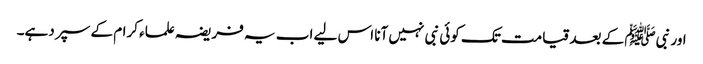
اور نبیﷺ کے بعد قیامت تک کوئی نبی نہیں آنا اس لیے اب یہ فریضہ علماء کرام کے سپر دہے۔